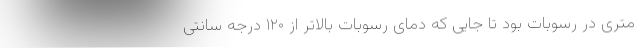
متری در رسوبات بود تا جایی که دمای رسوبات بالاتر از ۱۲۰ درجه سانتی